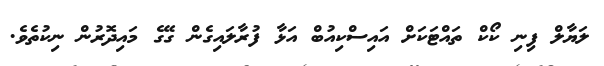
ލަޔާލް ފިނި ކޯކް ތައްޓަކަށް އައިސްކިއުބް އަޅާ ފުރާލައިގެން ގޭގެ މައިދޮރުން ނިކުތެވެ.